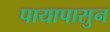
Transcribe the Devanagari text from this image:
पायापासुन